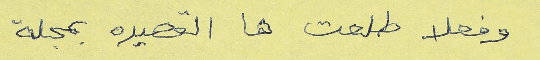
وفعلا طلعت ها القصيده بمجلة